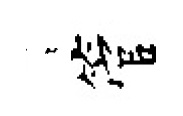
萋管